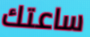
ساعتك